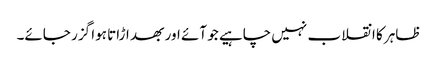
ظاہر کا انقلاب نہیں چاہیے جو آئے اور بھد اڑاتا ہوا گزر جائے۔